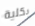
بكلية